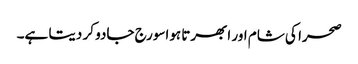
صحرا کی شام اور ابھرتا ہواسورج جادو کر دیتا ہے۔